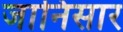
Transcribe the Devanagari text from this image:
जानिसार